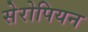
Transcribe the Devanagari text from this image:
सेरोपियन